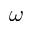
\omega